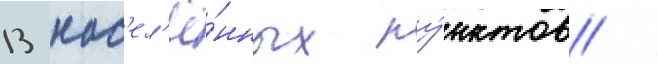
13 нас'ел'ё́нных пу́нктов /